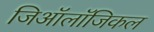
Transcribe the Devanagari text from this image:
जिऑलॉजिकल